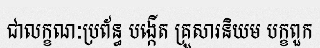
ជាលក្ខណៈប្រព័ន្ធ បង្កើត គ្រួសារនិយម បក្ខពួក